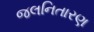
જલનિતારણ